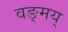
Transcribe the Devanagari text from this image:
वङ्मय्